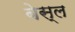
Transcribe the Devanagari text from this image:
बेस्ल